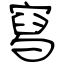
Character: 寫